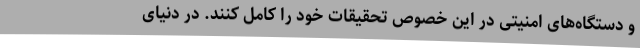
و دستگاه‌های امنیتی در این خصوص تحقیقات خود را کامل کنند. در دنیای